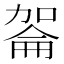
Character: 嗧